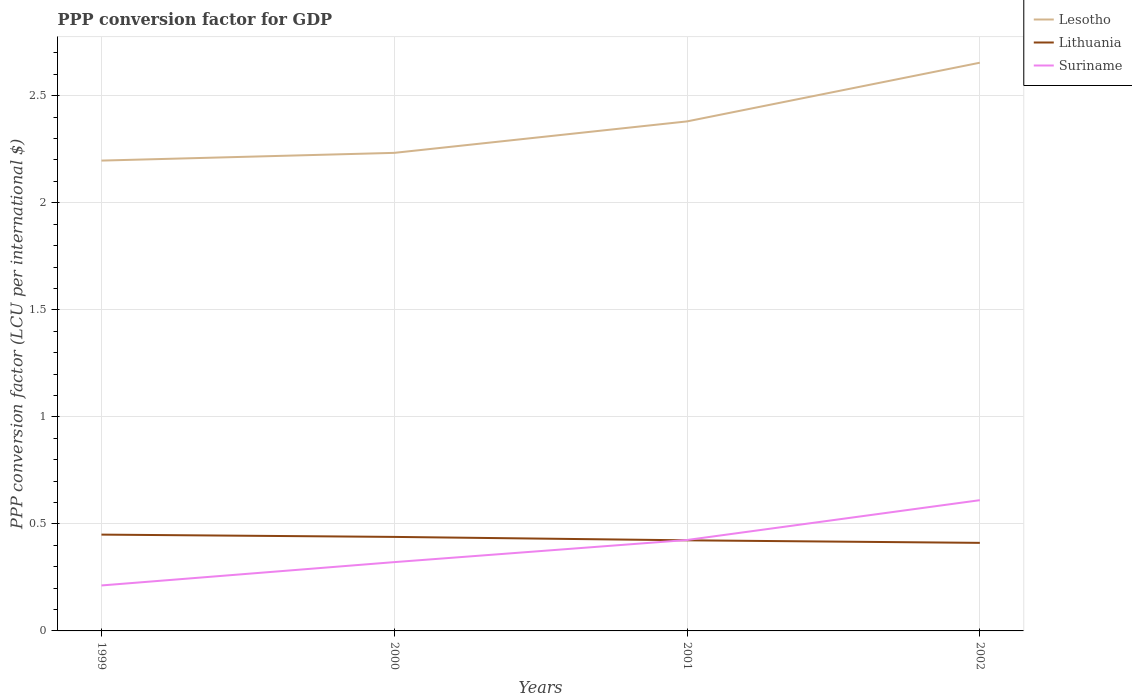
| Years | Lesotho | Lithuania | Suriname |
 | --- | --- | --- | --- |
 | 1999 | 2.2 | 0.45 | 0.212 |
 | 2000 | 2.23 | 0.439 | 0.321 |
 | 2001 | 2.38 | 0.423 | 0.425 |
 | 2002 | 2.65 | 0.411 | 0.611 |